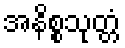
အနိစ္စသုတ္တံ